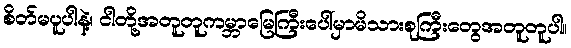
စိတ်မပူပါနဲ့၊ ငါတို့အတူတူကမ္ဘာမြေကြီးပေါ်မှာမိသားစုကြီးတွေအတူတူပါ။